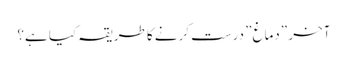
آخر \”دماغ\” درست کرنے کا طریقہ کیا ہے؟